Punjab Mental Hospital Lahore 1932-46 - 1932-1946
Year: 1932
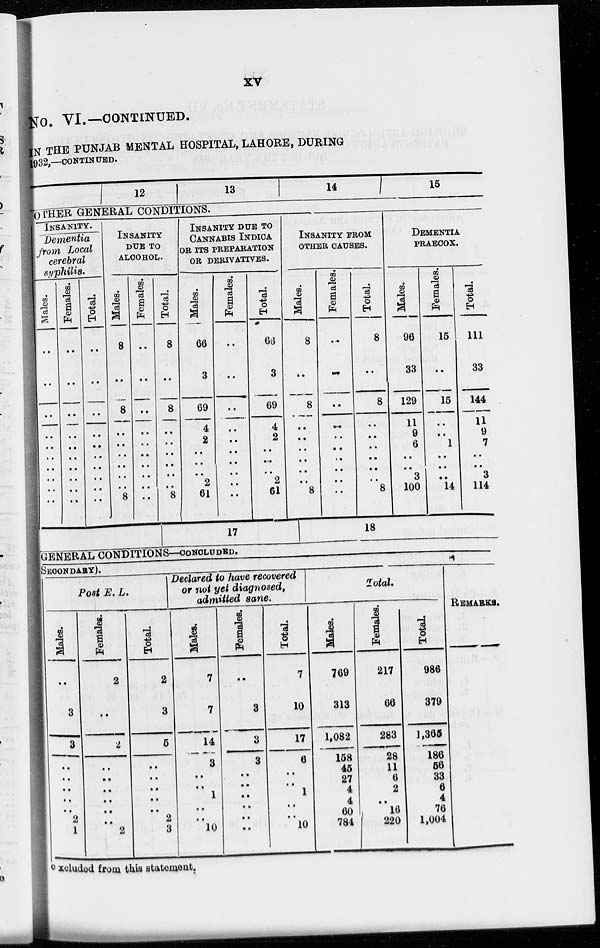
xv
No. VI.—CONTINUED.
IN THE PUNJAB MENTAL HOSPITAL, LAHORE, DURING
1932,—CONTINUED.
12
13
14
15
OTHER GENERAL CONDITIONS.
INSANITY.
Dementia
from Local
cerebral
syphilis.
Males.
..
..
..
..
..
..
..
..
..
..
Females.
..
..
..
..
..
..
..
..
..
..
Total.
..
..
..
..
..
..
..
..
..
..
INSANITY
DUE TO
ALCOHOL.
Males.
8
..
8
..
..
..
..
..
..
8
Females.
..
..
..
..
..
..
..
..
..
..
Total.
8
..
8
..
..
..
..
..
..
8
INSANITY DUE TO
CANNABIS INDICA
OR ITS PREPARATION
OR DERIVATIVES.
Males.
66
3
69
4
2
..
..
..
2
61
Females.
..
..
..
..
..
..
..
..
..
..
Total.
66
3
69
4
2
..
..
..
2
61
INSANITY FROM
OTHER CAUSES.
Males.
8
..
8
..
..
..
..
..
..
8
Females.
..
..
..
..
..
..
..
..
..
..
Total.
8
..
8
..
..
..
..
..
..
8
DEMENTIA
PRAECOX.
Males.
96
33
129
11
9
6
..
..
3
100
Females.
15
..
15
..
..
1
..
..
..
14
Total.
111
33
144
11
9
7
..
..
3
114
17
18
GENERAL CONDITIONS—CONCLUDED.
SECONDARY).
Post E. L.
Males.
..
3
3
..
..
..
..
..
2
1
Females.
2
..
2
..
..
..
..
..
..
2
Total
2
3
5
..
..
..
..
..
2
3
Declared to have recovered
or not yet diagnosed,
admitted sane.
Males.
7
7
14
3
..
..
1
..
..
10
Females.
..
3
3
3
..
..
..
..
..
..
Total.
7
10
17
6
..
..
1
..
..
10
Total.
Males.
769
313
1,082
158
45
27
4
4
60
784
Females.
217
66
283
28
11
6
2
..
16
220
Total.
986
379
1,365
186
56
33
6
4
76
1,004
REMARKS.
excluded from this statement.